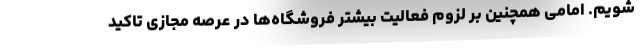
شویم. امامی همچنین بر لزوم فعالیت بیشتر فروشگاه‌ها در عرصه مجازی تاکید